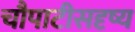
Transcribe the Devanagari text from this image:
चौपाटीसदृष्य